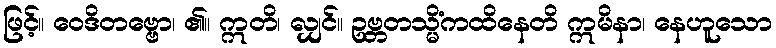
ဖြင့်။ ဝေဒိတဗ္ဗော၊ ၏။ ဣတိ၊ လျှင်။ ဥဗ္ဘတသ္မိံကထိနေတိ ဣမိနာ၊ နေဟူသော